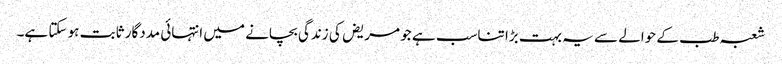
شعبہ طب کے حوالے سے یہ بہت بڑا تناسب ہے جو مریض کی زندگی بچانے میں انتہائی مددگار ثابت ہو سکتا ہے۔